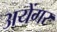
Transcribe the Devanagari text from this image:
अयेंगर